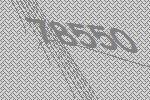
78550